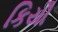
કિયૌ